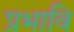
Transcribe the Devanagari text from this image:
प्रभावि